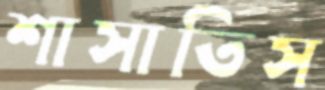
শাসাতিস